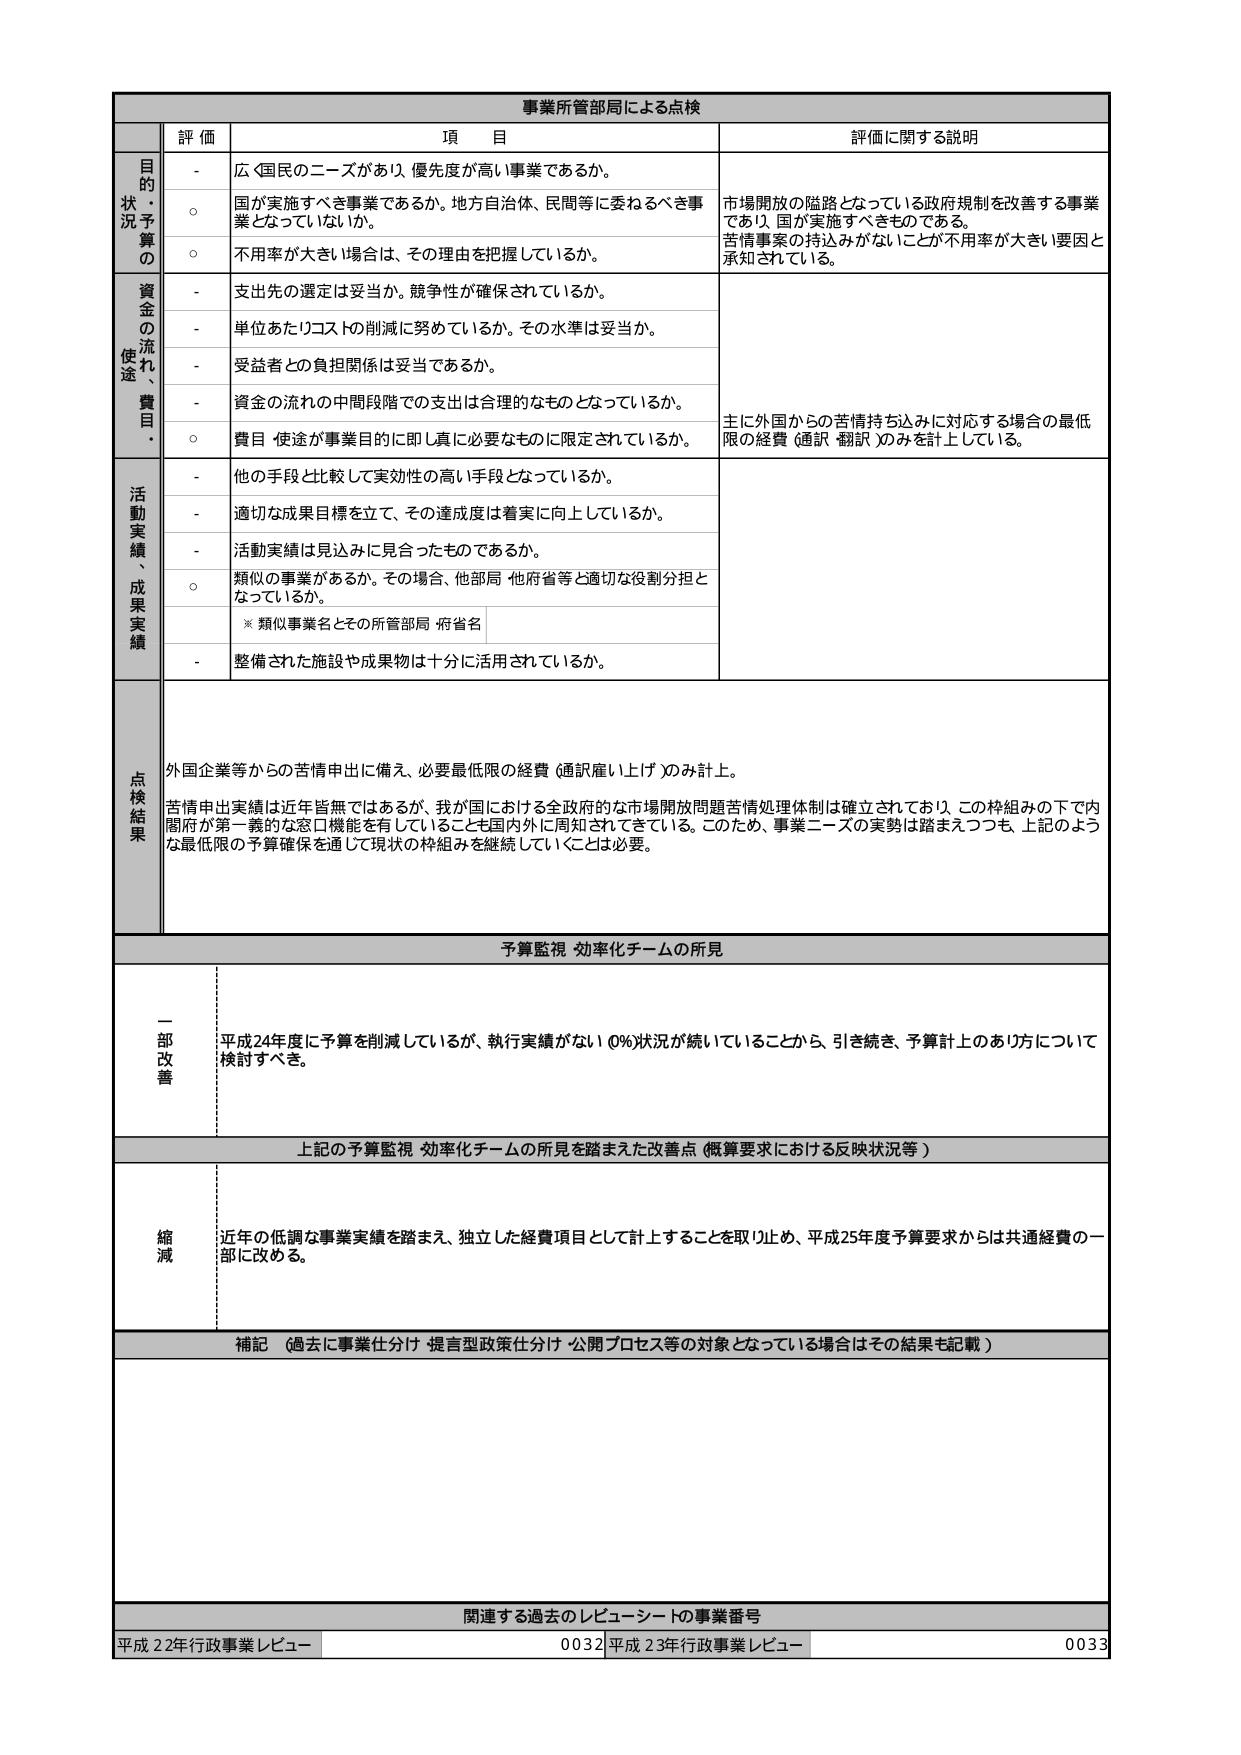
事業所管部局による点検

評価 項目 評価に関する説明

目的状況予算の
- 広く国民のニーズがあり、優先度が高い事業であるか。
○ 国が実施すべき事業であるか。地方自治体、民間等に委ねるべき事業となっているか。
○ 不用率が大きい場合は、その理由を把握しているか。
市場開放の隘路となっている政府規制を改善する事業であり、国が実施すべきものである。
苦情事案の持込みがないことが不用率が大きい要因と承知されている。

資金の流れ、使途・費目
- 支出先の選定は妥当か。競争性が確保されているか。
- 単位あたりコストの削減に努めているか。その水準は妥当か。
- 受益者との負担関係は妥当であるか。
- 資金の流れの中間段階での支出は合理的なものとなっているか。
○ 費目・使途が事業目的に即し真に必要なものに限定されているか。
主に外国からの苦情持ち込みに対応する場合の最低限の経費（通訳・翻訳）のみを計上している。

活動実績、成果実績
- 他の手段と比較して実効性の高い手段となっているか。
- 適切な成果目標を立て、その達成度は着実に向上しているか。
- 活動実績は見込みに見合ったものであるか。
○ 類似の事業があるか。その場合、他部局・他府省等と適切な役割分担となっているか。
※ 類似事業名とその所管部局・府省名
- 整備された施設や成果物は十分に活用されているか。

点検結果
外国企業等からの苦情申出に備え、必要最低限の経費（通訳雇い上げ）のみ計上。
苦情申出実績は近年皆無ではあるが、我が国における全政府的な市場開放問題苦情処理体制は確立されており、この枠組みの下で内閣府が第一義的な窓口機能を有していることも国内外に周知されてきている。このため、事業ニーズの実勢は踏まえつつも、上記のような最低限の予算確保を通じて現状の枠組みを継続していくことは必要。

予算監視・効率化チームの所見

一部改善
平成24年度に予算を削減しているが、執行実績がない（0％）状況が続いていることから、引き続き、予算計上のあり方について検討すべき。

上記の予算監視・効率化チームの所見を踏まえた改善点（概算要求における反映状況等）

縮減
近年の低調な事業実績を踏まえ、独立した経費項目として計上することを取り止め、平成25年度予算要求からは共通経費の一部に改める。

補記（過去に事業仕分け・提言型政策仕分け・公開プロセス等の対象となっている場合はその結果も記載）

関連する過去のレビュー・シートの事業番号
平成22年行政事業レビュー 0032 平成23年行政事業レビュー 0033